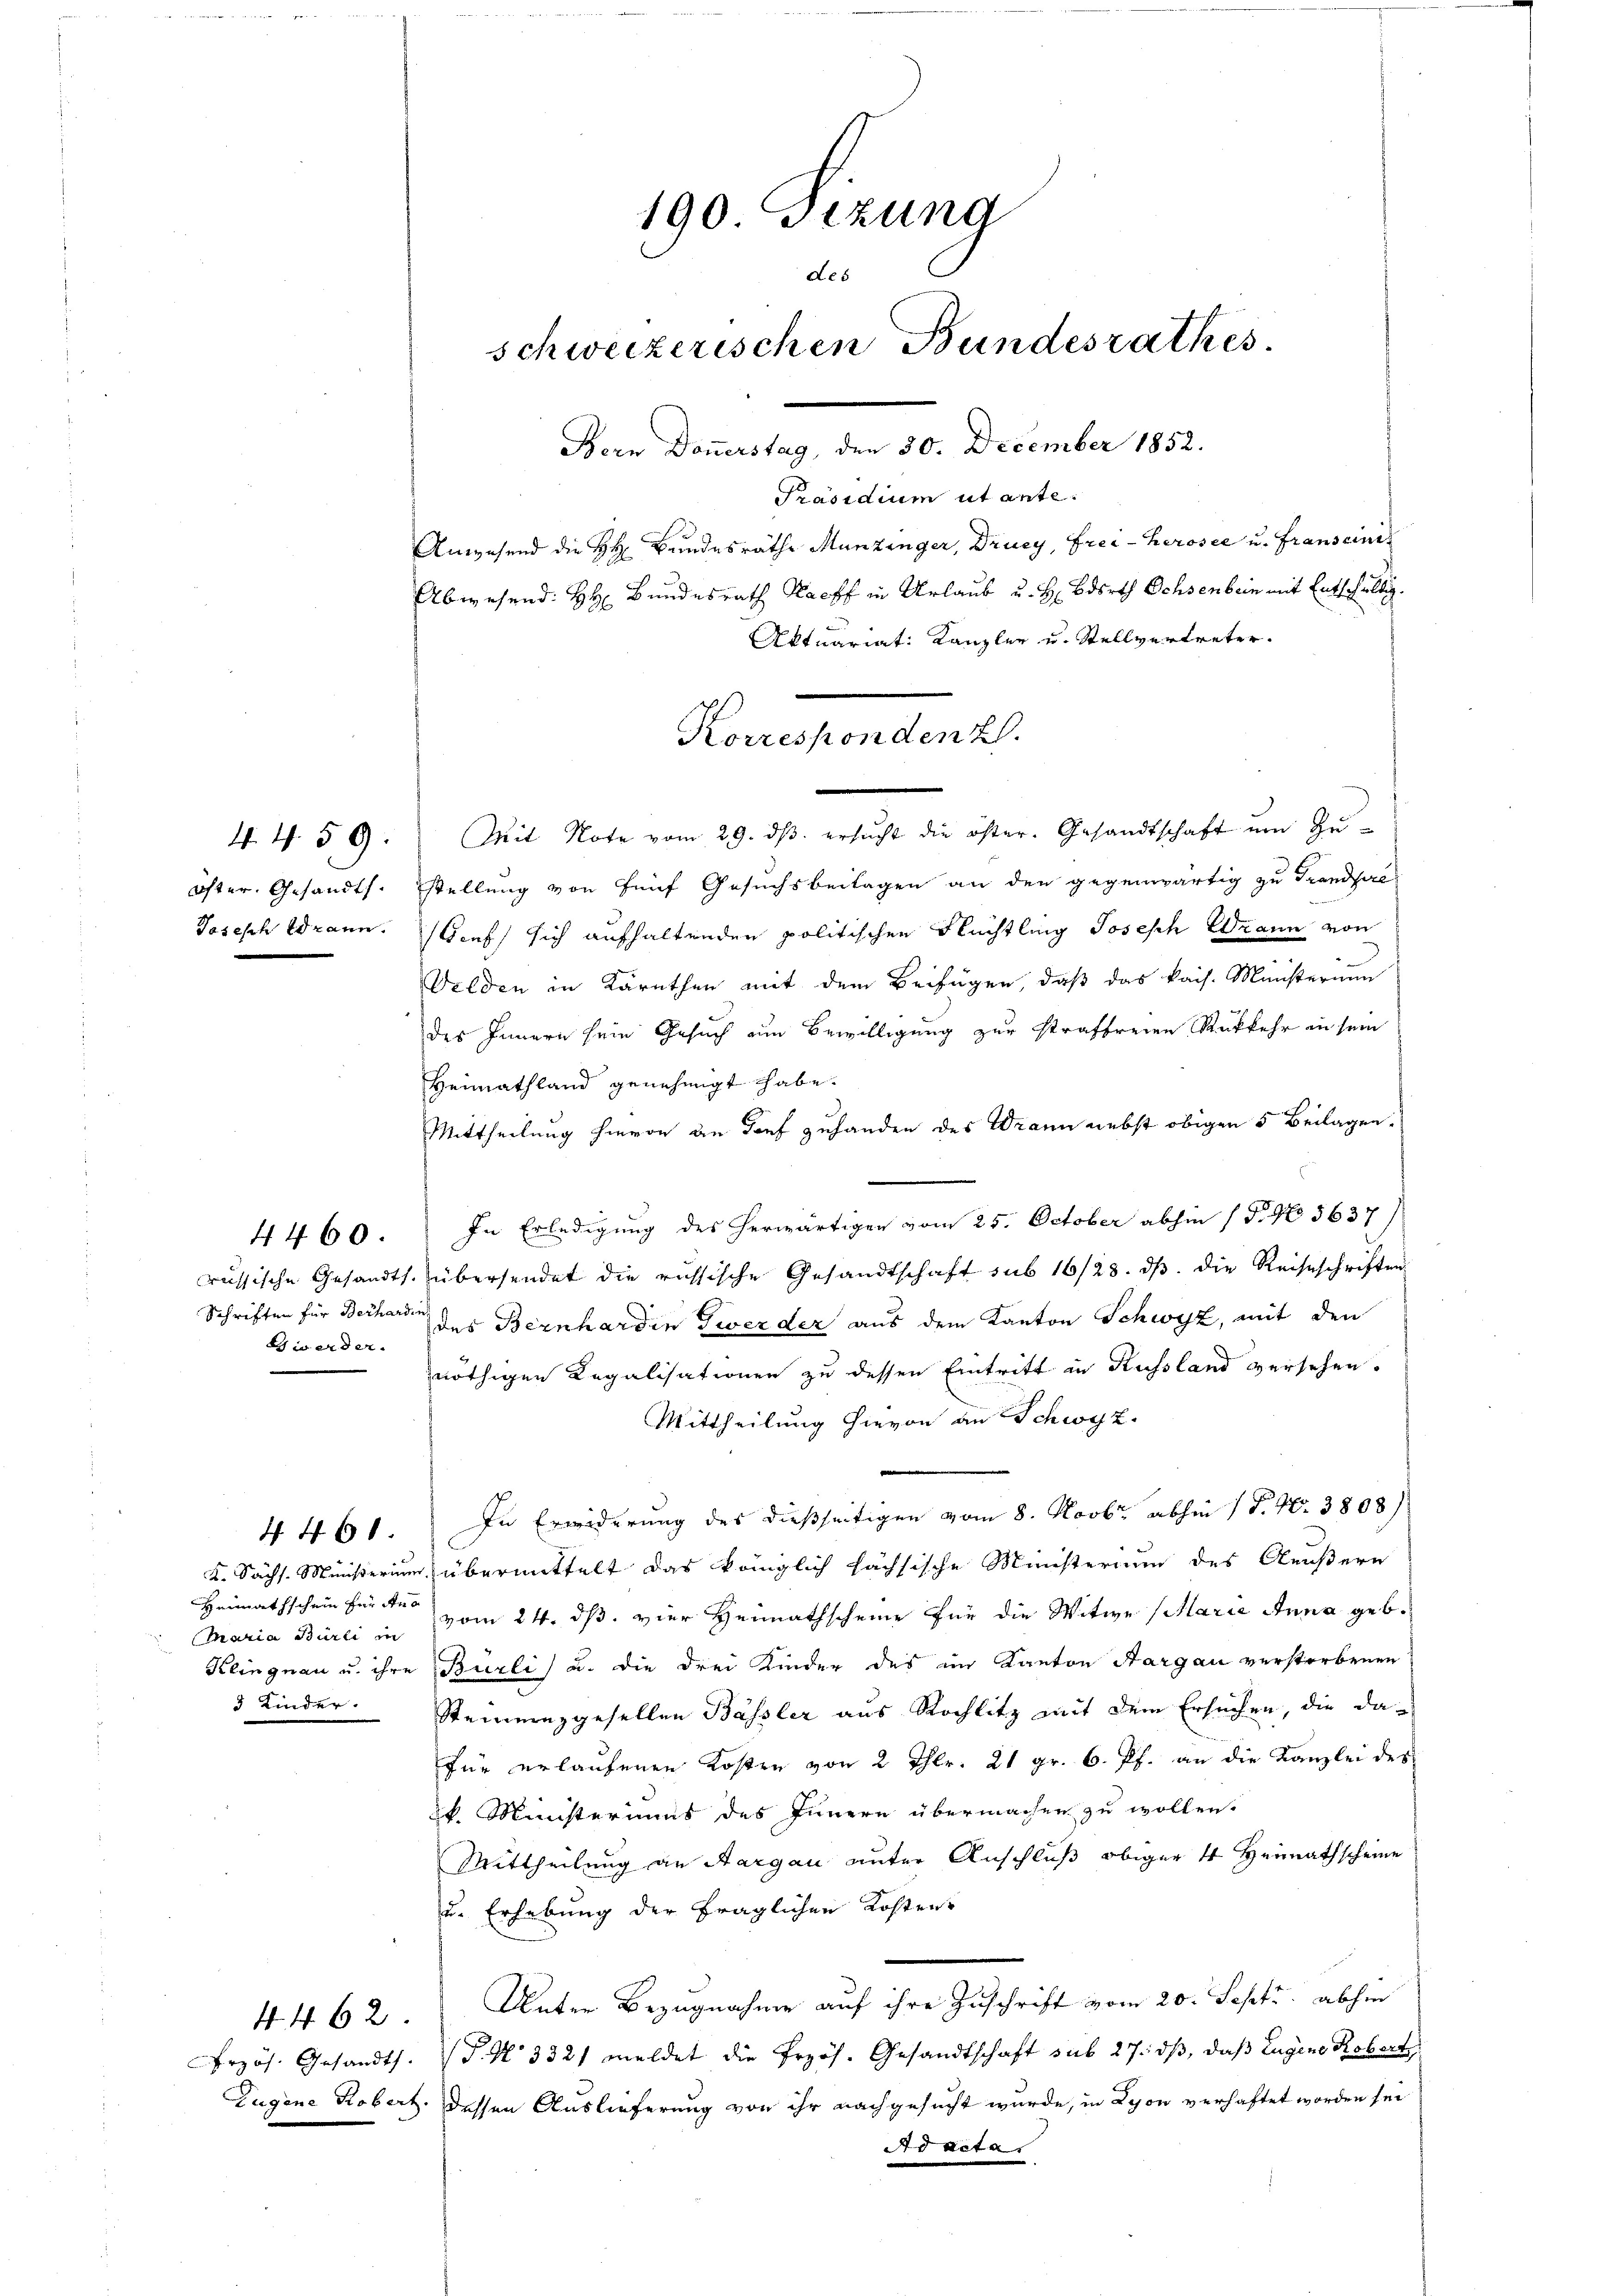
Schriften für Berhardin
e werder

Heimathschein für Aus
Maria Burli in

Bern Doṅerstag, den 30. December 1852.
Präsidium ut ante.
Anwesend die H. Bundesräthe Munzinger, Drucy, Frei-Kerosee u. Franscinis
Abwesend: HH Bundesrath Rach in Urlaub u. H. Berth Ochsenbein mit Entschaltig.
Aktuariat: Kanzler u. Stellvertreter.
44. 59. Mit Note vom 29. dβ. ersŭcht die öster. Gesandtschaft ŭm Zŭ-
öster. Gesandts. Stellung von fünf Gesuchsbeilagen an den gegenwärtig zu Trandsac
Joseph Brann. Genf, sich aufhaltenden politischen Nüchtling Josesch Wann von
Gelden in Kärnthen mit dem Beifügen, daß das kais. Ministerium
des Innern sein Gesuch um Bewilligung zur straffreien Rükkehr in sein
Heimathland genehmigt habe.
Mittheilung hievon an dorf zuhanden des Wann nebst obigen 5 Beilagen.
4460. In Erledigung des herwärtigen vom 25. October abhin (P. No 5637)
russische Gesandts. übersendet die russische Gesandtschaft sub 16/23. ds. die Reiseschriften,
des Bernhardin Zwerder aus dem Kanton Schwyz, mit den
nöthigen Regalisationen zu dessen Eintritt in Russland versehen.
Mittheilung hievon an Schwyz.
4 461. In Erwiderung des dießseitigen vom 8. Novbr. abhin 1 S. Nr. 3808)
K. Sächs. Ministerium übermittelt das königlich sächsische Ministerium des Aeußern
vom 24. dß. vier Heimathscheine für die Witwe (Maria Anna geb.
Keingnau u. ihre Burli) u. die drei Kinder des im Kanton Aargau verstorbenen
3 Kinder. Steinenzgesellen Bassler aus Rochlitz mit dem Ersuchen, die da-
für erlaufenen Kosten von 2 Thlr. 21 gr. 6. Pf. an die Kanzlei des
k. Ministeriums des Innern übermachen zu wollen.
Mittheilung an Aargau unter Anschluß obiger 4 Heimathscheine
u. Erhebung der fraglichen Kosten
4462. Unter Bezugnahme auf ihre Zuschrift vom 20. Sept. abhin
rzös. Gesandts. S. N. 3321 meldet die Przös. Gesandtschaft sub 27. ds, daß Eugene Robert
Eugene Robert. dessen Auslieferung von ihr nachgesucht wurde, in Lyon verhaftet worden sei
Ad Actas

190 Sizung
des
schweizerischen Bundesrathes

Korresponden 2.